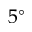
5 ^ { \circ }